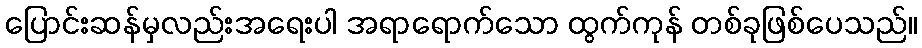
ပြောင်းဆန်မှလည်းအရေးပါ အရာရောက်သော ထွက်ကုန် တစ်ခုဖြစ်ပေသည်။